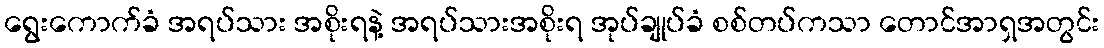
ရွေးကောက်ခံ အရပ်သား အစိုးရနဲ့ အရပ်သားအစိုးရ အုပ်ချုပ်ခံ စစ်တပ်ကသာ တောင်အာရှအတွင်း